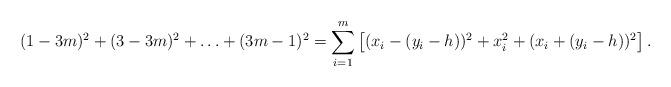
LaTeX: \begin{align*}(1-3m)^{2} + (3-3m)^{2} + \ldots +(3m-1)^{2} =\sum_{i=1}^{m} \left[ (x_{i}-(y_{i}-h))^{2} + x_{i}^{2} + (x_{i}+(y_{i}-h))^{2}\right].\end{align*}